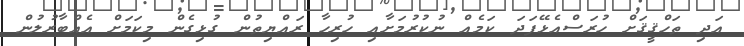
އަދި ތަހްޤީޤަށް ހުރަސްއެޅޭފަދަ ކަމެއް ނުކުރުމަށާއި ހުރިހާ ރައްޔިތުން ގުޅިގެން މިކަމަށް އެއްބާރުލުން